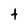
Character: t